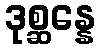
ဒုစ္ဆန္နေ